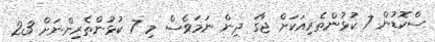
ސްކޮޑުން 7 ކުޅުންތެރިއަކަށް ޖާގަ ދިން ނަމަވެސް މި 7 ކުޅުންތެރިންނަށް 23